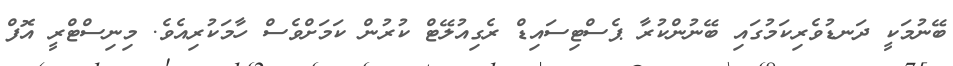
ބޭނުމަކީ ދަނޑުވެރިކަމުގައި ބޭނުންކުރާ ޕެސްޓިސައިޑް ރެގިއުލޭޓް ކުރުން ކަމަށްވެސް ހާމަކުރިއެވެ. މިނިސްޓްރީ އޮފް